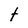
Character: t